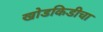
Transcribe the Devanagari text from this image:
खोडकिडीचा